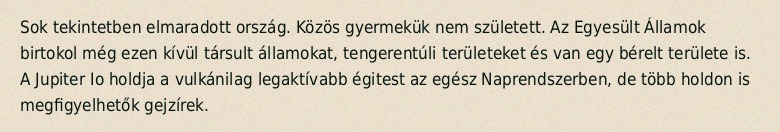
Sok tekintetben elmaradott ország. Közös gyermekük nem született. Az Egyesült Államok birtokol még ezen kívül társult államokat, tengerentúli területeket és van egy bérelt területe is. A Jupiter Io holdja a vulkánilag legaktívabb égitest az egész Naprendszerben, de több holdon is megfigyelhetők gejzírek.